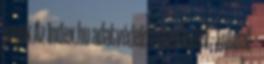
jogok Az Index.hu adatvédelmi elvei Index - Futball -